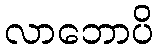
လာဘောပိ